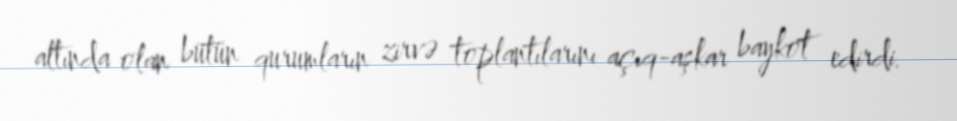
altında olan bütün qurumların zirvə toplantılarını açıq-aşkar baykot edirdi.